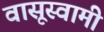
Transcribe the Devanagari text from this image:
वासूस्वामी